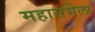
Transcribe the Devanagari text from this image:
महासभेला